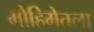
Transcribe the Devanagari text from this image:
मोहिमेतला